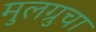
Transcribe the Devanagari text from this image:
मुलग्रुचा